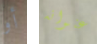
أو عنوانه